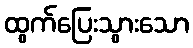
ထွက်ပြေးသွားသော